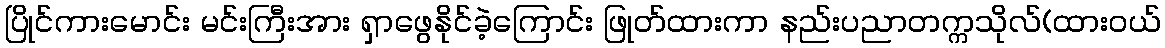
ပြိုင်ကားမောင်း မင်းကြီးအား ရှာဖွေနိုင်ခဲ့ကြောင်း ဖြုတ်ထားကာ နည်းပညာတက္ကသိုလ်(ထားဝယ်